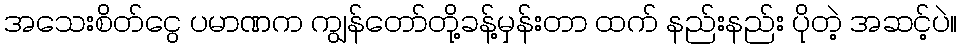
အသေးစိတ်ငွေ ပမာဏက ကျွန်တော်တို့ခန့်မှန်းတာ ထက် နည်းနည်း ပိုတဲ့ အဆင့်ပဲ။